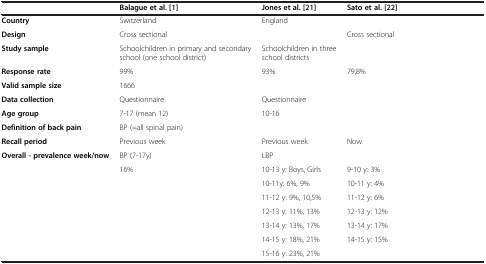
<table><thead><tr><td>[EMPTY_CELL]</td><td><b>Balague et al.[1]</b></td><td><b>Jones et al.[21]</b></td><td><b>Sato et al. [22]</b></td></tr></thead><tbody><tr><td><b>Country</b></td><td>Switzerland</td><td>England</td><td>[EMPTY_CELL]</td></tr><tr><td><b>Design</b></td><td>Cross sectional</td><td>[EMPTY_CELL]</td><td>Cross sectional</td></tr><tr><td><b>Study sample</b></td><td>Schoolchildren in primary and secondary school (one school district)</td><td>Schoolchildren in three school districts</td><td>[EMPTY_CELL]</td></tr><tr><td><b>Response rate</b></td><td>99%</td><td>93%</td><td>79,8%</td></tr><tr><td><b>Valid sample size</b></td><td>1666</td><td>[EMPTY_CELL]</td><td>[EMPTY_CELL]</td></tr><tr><td><b>Data collection</b></td><td>Questionnaire</td><td>Questionnaire</td><td>[EMPTY_CELL]</td></tr><tr><td><b>Age group</b></td><td>7-17 (mean 12)</td><td>10-16</td><td>[EMPTY_CELL]</td></tr><tr><td><b>Definition of back pain</b></td><td>BP (=all spinal pain)</td><td>[EMPTY_CELL]</td><td>[EMPTY_CELL]</td></tr><tr><td><b>Recall period</b></td><td>Previous week</td><td>Previous week</td><td>Now</td></tr><tr><td rowspan="8"><b>Overall - prevalence week/now</b></td><td>BP (7-17y)</td><td>LBP</td><td>[EMPTY_CELL]</td></tr><tr><td>16%</td><td>10-13 y: Boys, Girls</td><td>9-10 y: 3%</td></tr><tr><td rowspan="6">[EMPTY_CELL]</td><td>10-11y: 6%, 9%</td><td>10-11 y: 4%</td></tr><tr><td>11-12 y: 9%, 10,5%</td><td>11-12 y: 6%</td></tr><tr><td>12-13 y: 11%, 13%</td><td>12-13 y: 12%</td></tr><tr><td>13-14 y: 13%, 17%</td><td>13-14 y: 17%</td></tr><tr><td>14-15 y: 18%, 21%</td><td>14-15 y: 15%</td></tr><tr><td>15-16 y: 23%, 21%</td><td>[EMPTY_CELL]</td></tr></tbody></table>